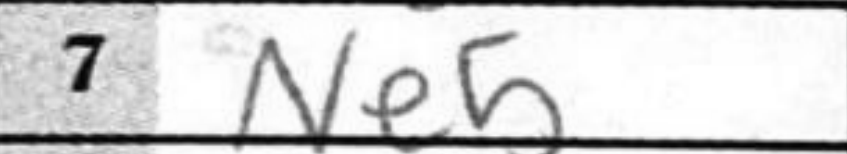
Transcription: Ne5